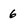
Character: 6